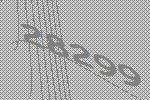
28299